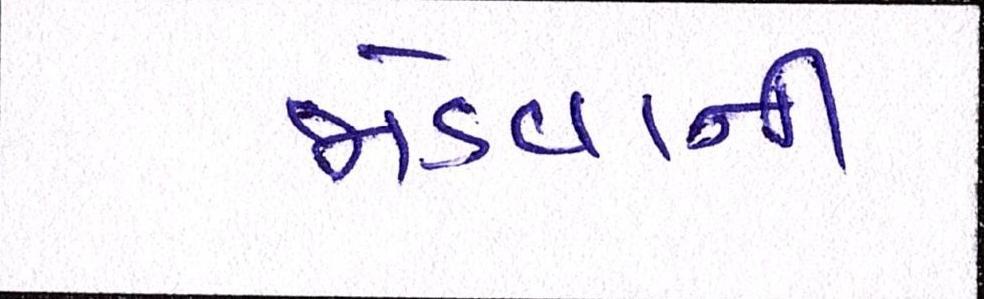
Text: જોડવાની